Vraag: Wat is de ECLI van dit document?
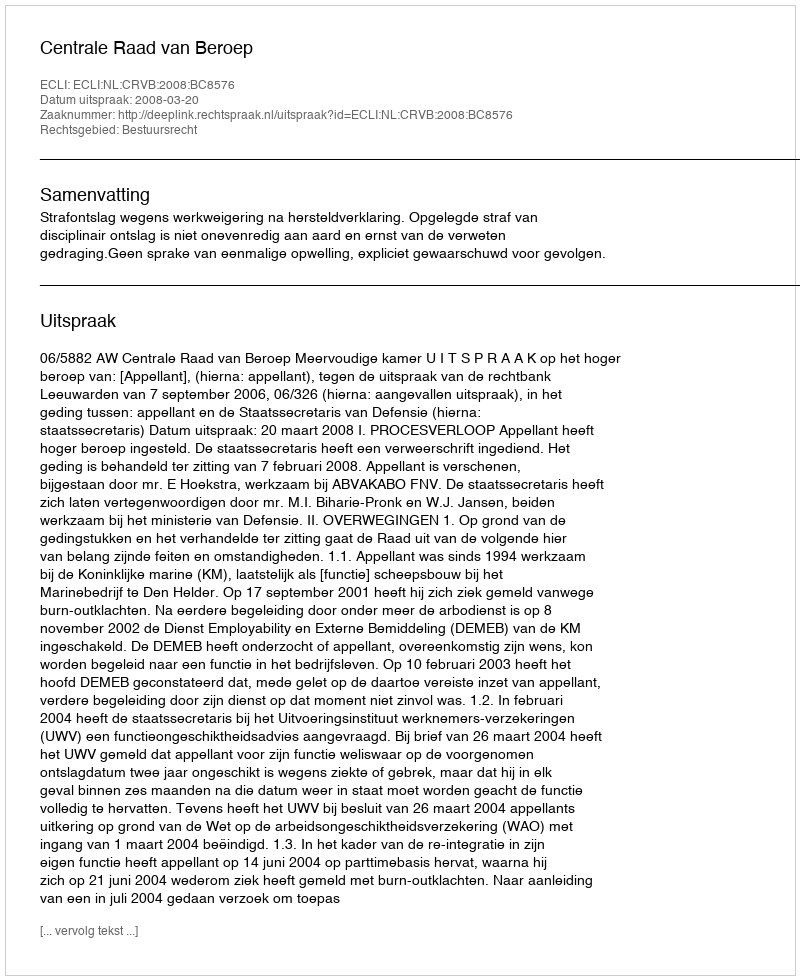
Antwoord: ECLI:NL:CRVB:2008:BC8576